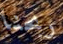
ربحنا